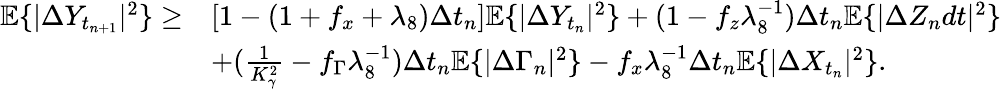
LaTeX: \begin{array}{r}{\begin{array}{rl}{\mathbb{E}\{ |\Delta Y_{t_{n+1}}|^{2}\} \geq}&{[1-(1+f_{x}+\lambda_{8})\Delta{t_{n}}]\mathbb{E}\{ |\Delta Y_{t_{n}}|^{2}\} +(1-f_{z}\lambda_{8}^{-1})\Delta{t_{n}}\mathbb{E}\{ |\Delta Z_{n}dt|^{2}\} }\\ &{+(\frac{1}{K_{\gamma}^{2}}-f_{\Gamma}\lambda_{8}^{-1})\Delta{t_{n}}\mathbb{E}\{ |\Delta\Gamma_{n}|^{2}\} -f_{x}\lambda_{8}^{-1}\Delta{t_{n}}\mathbb{E}\{ |\Delta X_{t_{n}}|^{2}\} .}\end{array}}\end{array}